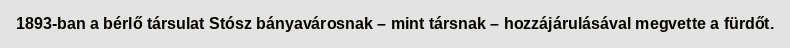
1893-ban a bérlő társulat Stósz bányavárosnak – mint társnak – hozzájárulásával megvette a fürdőt.